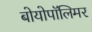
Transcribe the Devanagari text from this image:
बोयोपॉलिमर